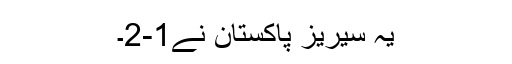
یہ سیریز پاکستان نے1-2۔